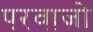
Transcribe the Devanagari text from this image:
परवाज़ों